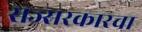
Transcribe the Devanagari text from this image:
राज्सरकारचा